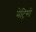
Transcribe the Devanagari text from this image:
मेट्रिसों